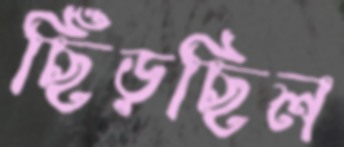
ছিঁড়ছিল